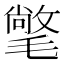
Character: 氅